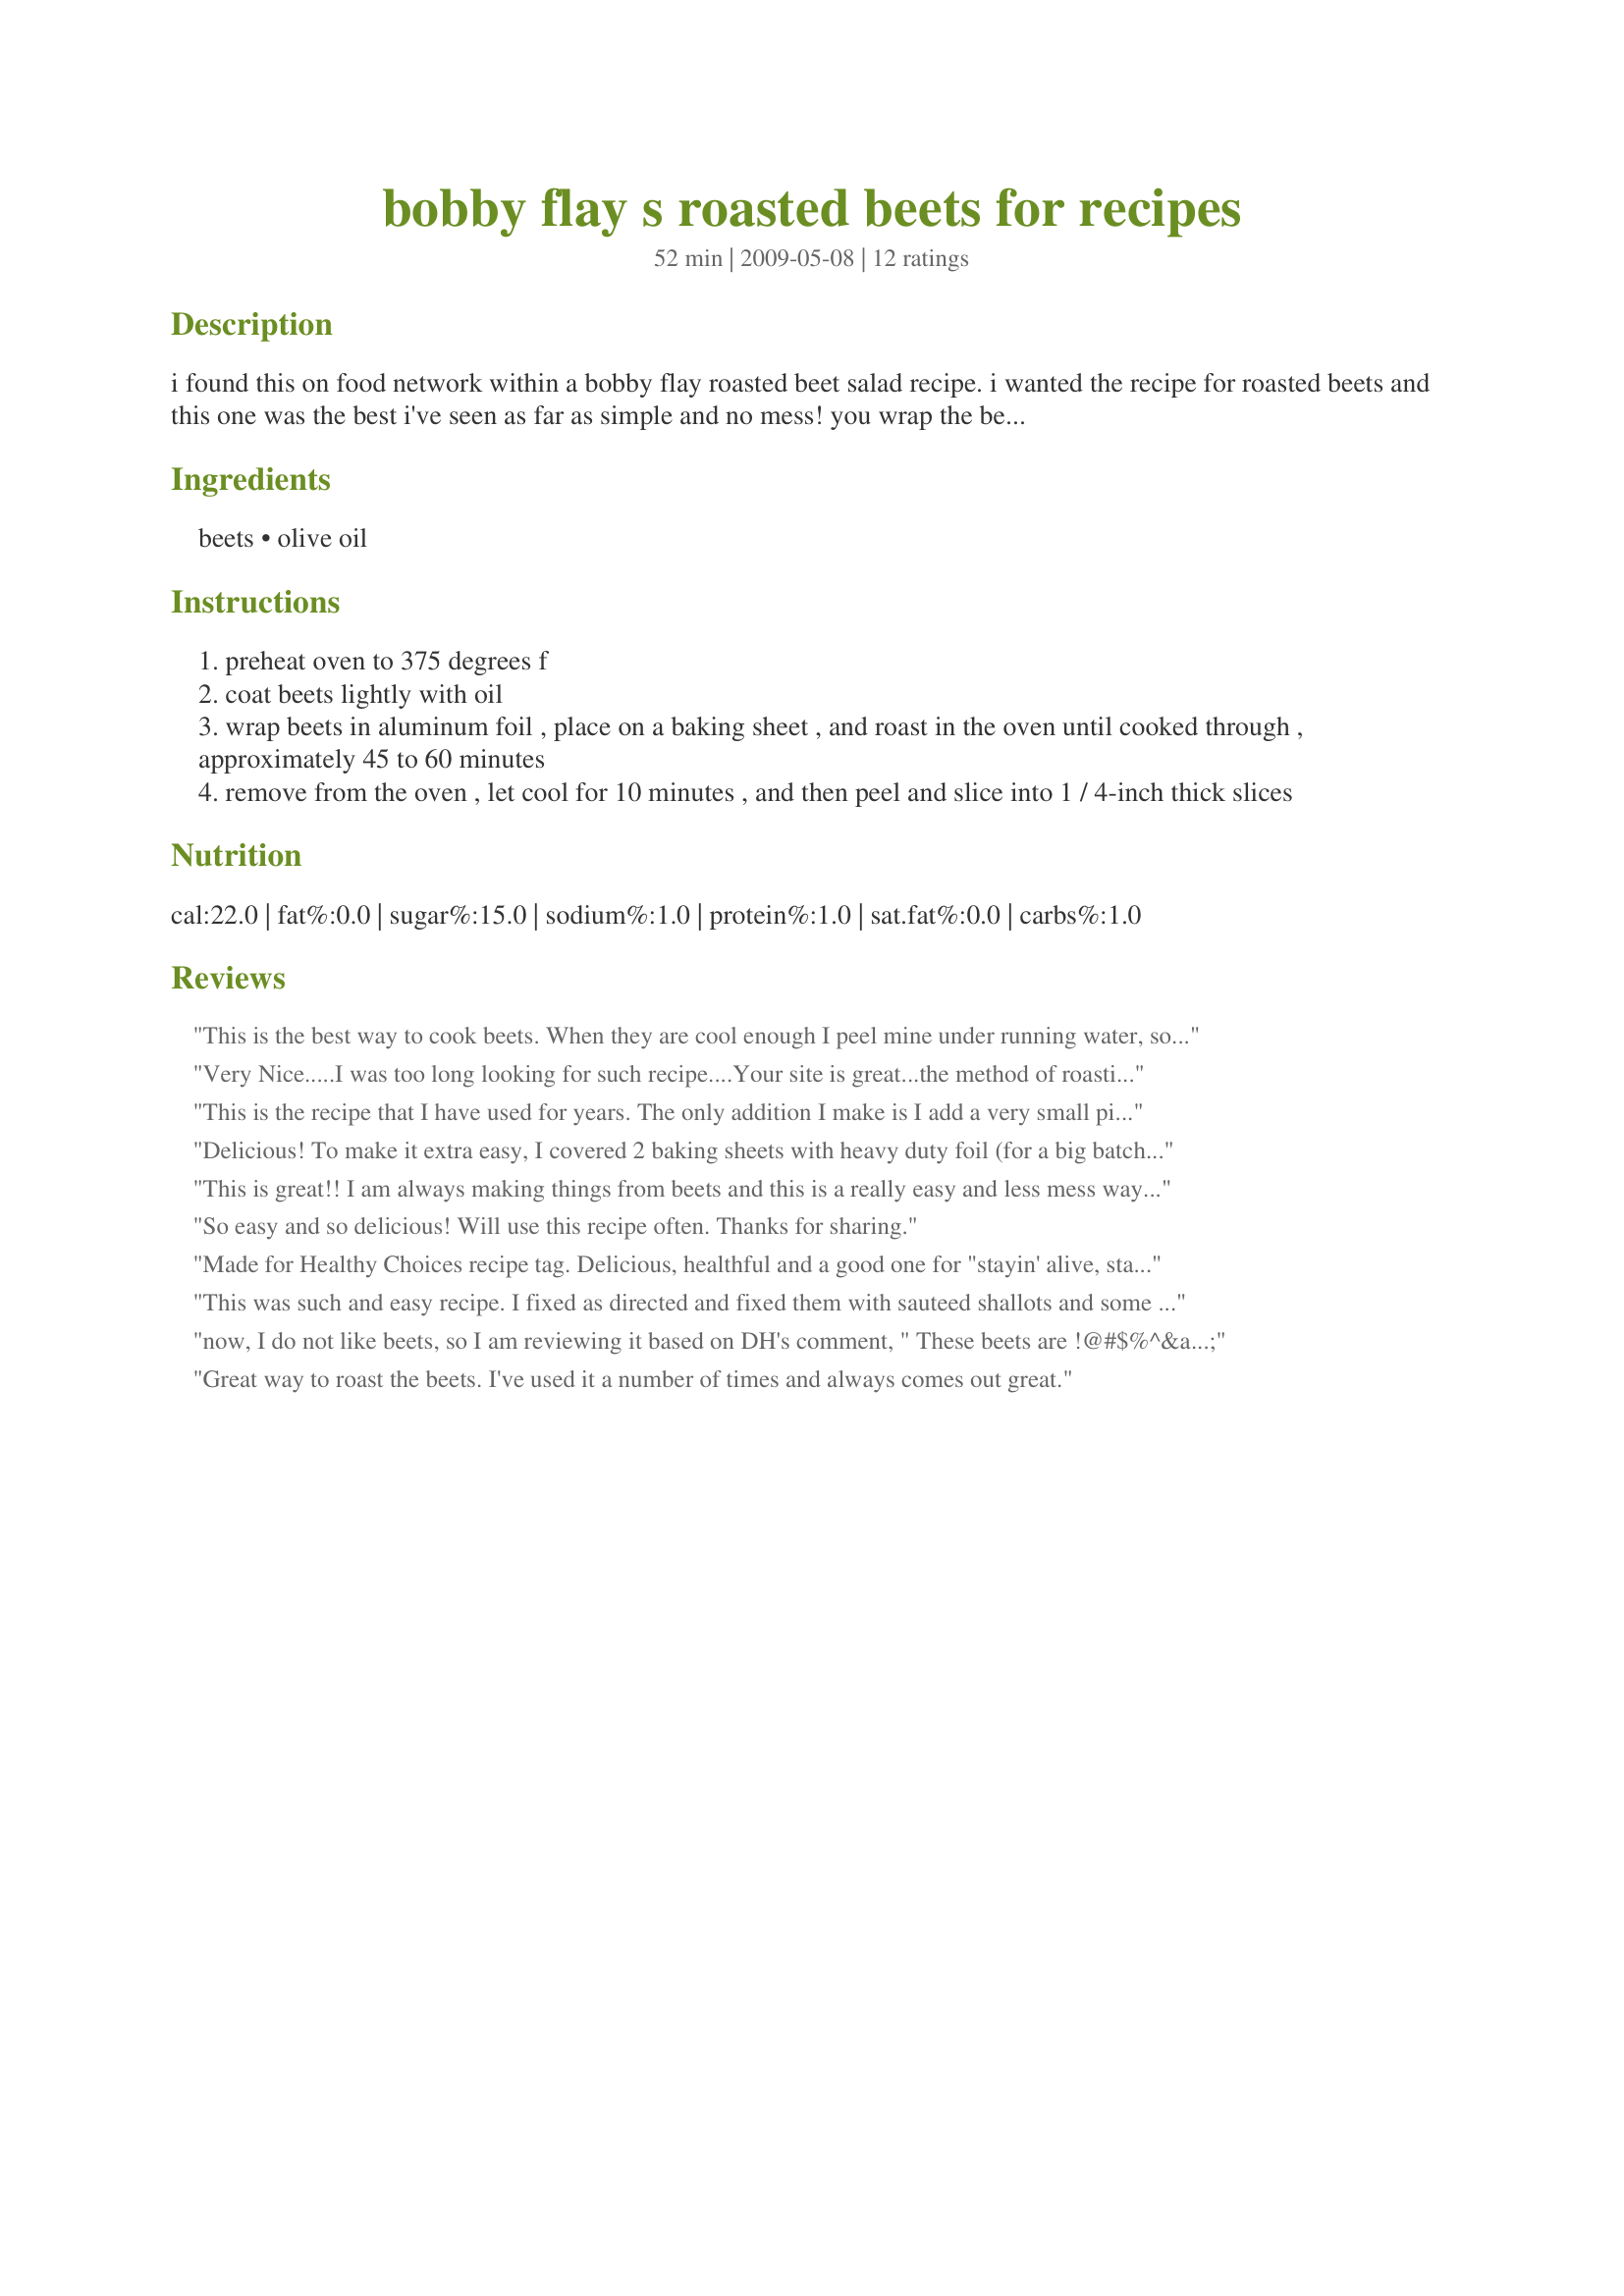
bobby flay s roasted beets for recipes
Preparation time: 52 minutes

i found this on food network within a bobby flay roasted beet salad recipe.
i wanted the recipe for roasted beets and this one was the best i've seen as far as simple and no mess! you wrap the beets in foil with a little oil and bake!

Ingredients:
beets, olive oil

Steps:
preheat oven to 375 degrees f
coat beets lightly with oil
wrap beets in aluminum foil , place on a baking sheet , and roast in the oven until cooked through , approximately 45 to 60 minutes
remove from the oven , let cool for 10 minutes , and then peel and slice into 1 / 4-inch thick slices

Reviews:
This is the best way to cook beets. When they are cool enough I peel mine under running water, so no stains on the counter or cutting board. I have found you don't really need the oil. I just scrub them a little and sprinkle with some salt.
Very Nice.....I was too long looking for such recipe....Your site is great...the method of roasting beets very easy .... tnx.. and I&#039;ll be in touch for more recipes
This is the recipe that I have used for years. The only addition I make is I add a very small pinch of dried clove to the beets after peeing and and slicing. They are so tasty--never will I boil or steam a beet again.

Bill K.
 Chef # 1440799
Delicious! To make it extra easy, I covered 2 baking sheets with heavy duty foil (for a big batch), added the beets and drizzled with oil. I put the larger ones in one pan and the smaller ones in the other. Covered with foil and sealed tight. Cooked the smaller ones for about 45 minutes and the larger ones for 1 hour. When they were cool enough to handle, I just left the skins and tops on the foil and rolled up and threw away when I was finished.
This is great!! I am always making things from beets and this is a really easy and less mess way of roasting beets!!! I used this for recipe#330450 and will definitely use this recipe all the time for roasting beets!!!! Thanks for posting!!!
So easy and so delicious! Will use this recipe often. Thanks for sharing.
Made for Healthy Choices recipe tag. Delicious, healthful and a good one for "stayin' alive, stayin' alive..."
This was such and easy recipe. I fixed as directed and fixed them with sauteed shallots and some lemon zest and lemon pepper. Wonderful! Thank you! P.S. Served with recipe#164764#164764 and mashed potatoes and we had a great meal!
now, I do not like beets, so I am reviewing it based on DH's comment, " These beets are !@#$%^&* awesome!"
Great way to roast the beets. I've used it a number of times and always comes out great.
Great method for roasting beets!
What an easy and effective method for roasting beets! Mine turned out perfect! I will use this roasted beet recipe/method frequently in the future. After roasting the beets, I made the dressing for Recipe #58086 58086 and poured it over the roasted beets. It was delicious. Thanks for posting!
